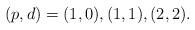
LaTeX: \begin{align*}(p,d) = (1,0), (1,1), (2,2). \end{align*}